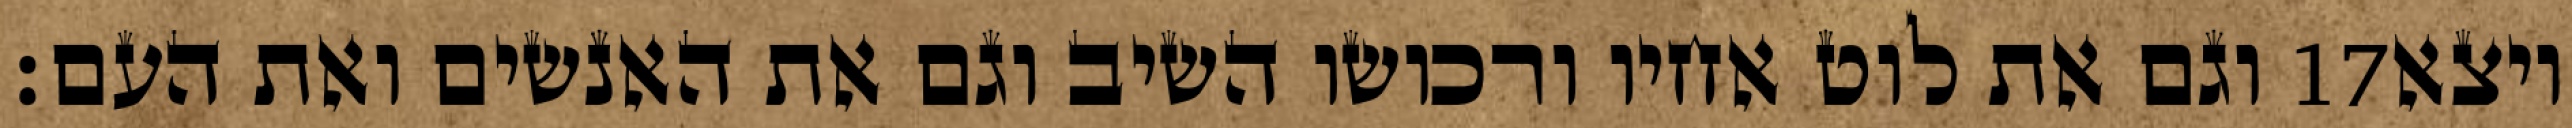
וגם את לוט אחיו ורכושו השיב וגם את האנשים ואת העם׃ ‎17‏ ויצא